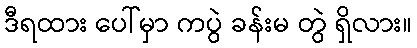
ဒီရထား ပေါ်မှာ ကပွဲ ခန်းမ တွဲ ရှိလား။